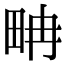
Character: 畘